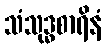
သံသုဒ္ဓစာရိနံ